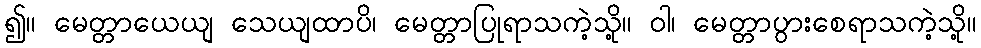
၍။ မေတ္တာယေယျ သေယျထာပိ၊ မေတ္တာပြုရာသကဲ့သို့။ ဝါ၊ မေတ္တာပွားစေရာသကဲ့သို့။